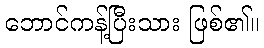
ဘောင်ကန့်ပြီးသား ဖြစ်၏။